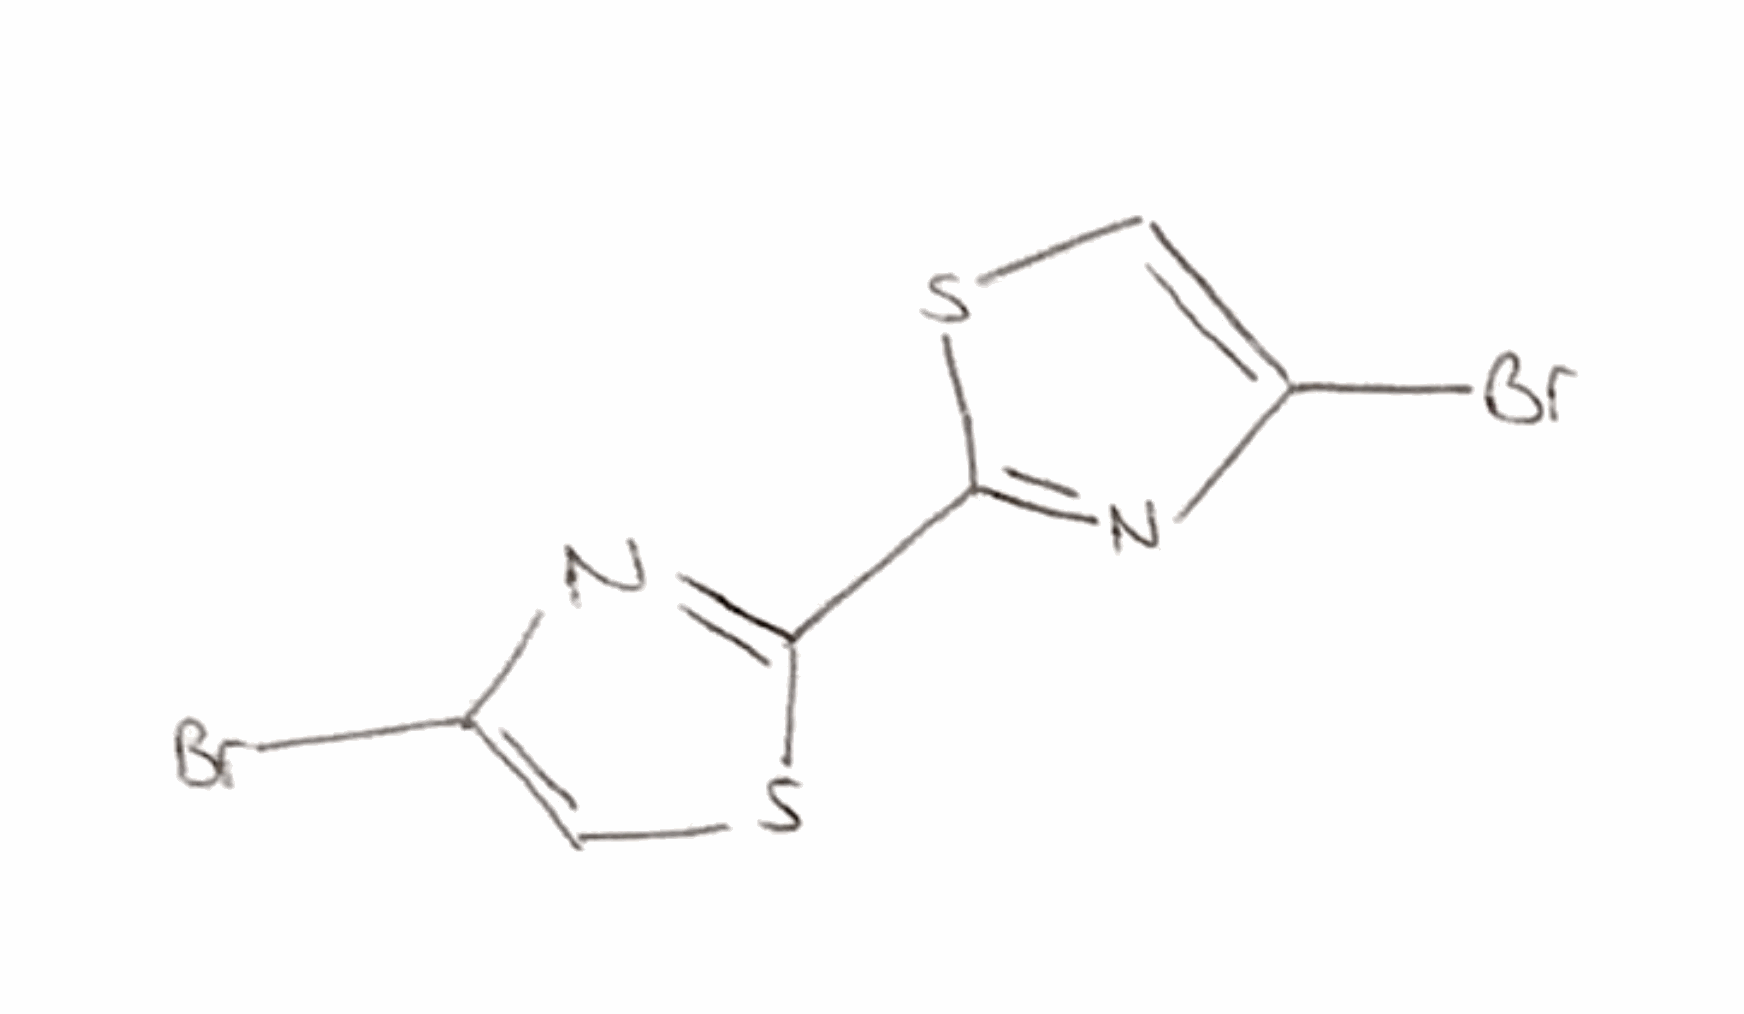
Simplified molecular-input line-entry system (SMILES) notation of the given molecule:
C1=C(N=C(S1)C2=NC(=CS2)Br)Br